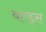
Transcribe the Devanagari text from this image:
वल्ड्स